Note on the mental hospitals in Burma - 1925-1940
Year: 1925
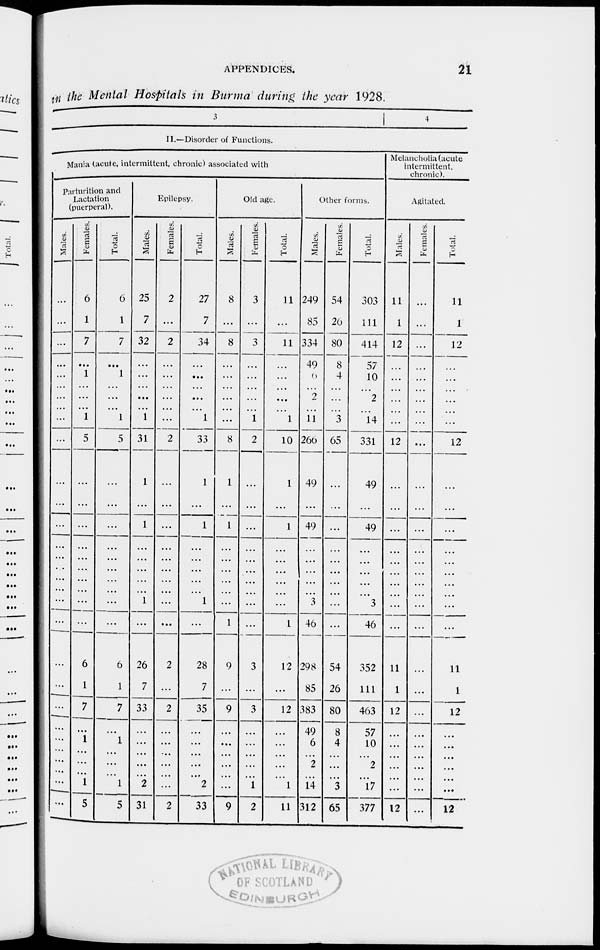
APPENDICES.
21
in the Mental Hospitals in Burma during the year 1928.
3
4
II.—Disorder of Functions.
Mania (acute, intermittent, chronic) associated with
Parturition and
Lactation
(puerperal).
Males.
...
...
...
...
...
...
...
...
...
...
...
...
...
...
...
...
...
...
...
...
...
...
...
...
...
...
...
...
...
...
Females.
6
1
7
...
1
...
...
...
1
5
...
...
...
...
...
...
...
...
...
...
6
1
7
...
1
...
...
...
1
5
Total.
6
1
7
...
1
...
...
...
1
5
...
...
...
...
...
...
...
...
...
...
6
1
7
...
1
...
...
...
1
5
Epilepsy.
Males.
25
7
32
...
...
...
...
...
1
31
1
...
1
...
...
...
...
...
1
...
26
7
33
...
...
...
...
...
2
31
Females.
2
...
2
...
...
...
...
...
...
2
...
...
...
...
...
...
...
...
...
...
2
...
2
...
...
...
...
...
...
2
Total.
27
7
34
...
...
...
...
...
1
33
1
...
1
...
...
...
...
...
1
...
28
7
35
...
...
...
...
...
2
33
Old age.
Males.
8
...
8
...
...
...
...
...
...
8
1
...
1
...
...
...
...
...
...
1
9
...
9
...
...
...
...
...
...
9
Females.
3
...
3
...
...
...
...
...
1
2
...
...
...
...
...
...
...
...
...
...
3
...
3
...
...
...
...
...
1
2
Total.
11
...
11
...
...
...
...
...
1
10
1
...
1
...
...
...
...
...
...
1
12
...
12
...
...
...
...
...
1
11
Other forms.
Males.
249
85
334
49
6
...
2
...
11
266
49
...
49
...
...
...
...
...
3
46
298
85
383
49
6
...
2
...
14
312
Females.
54
20
80
8
4
...
...
...
3
65
...
...
...
...
...
...
...
...
...
...
54
26
80
8
4
...
...
...
3
65
Total.
303
111
414
57
10
...
2
...
14
331
49
...
49
...
...
...
...
...
3
46
352
111
463
57
10
...
2
...
17
377
Melancholia (acute
intermittent.
chronic).
Agitated.
Males.
11
1
12
...
...
...
...
...
...
12
...
...
...
...
...
...
...
...
...
...
11
1
12
...
...
...
...
...
...
12
Females.
...
...
...
...
...
...
...
...
...
...
...
...
...
...
...
...
...
...
...
...
...
...
...
...
...
...
...
...
...
...
Total.
11
1
12
...
...
...
...
...
...
12
...
...
...
...
...
...
...
...
...
...
11
1
12
...
...
...
...
...
...
12